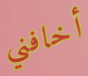
أخافني